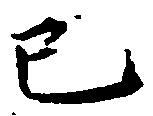
已